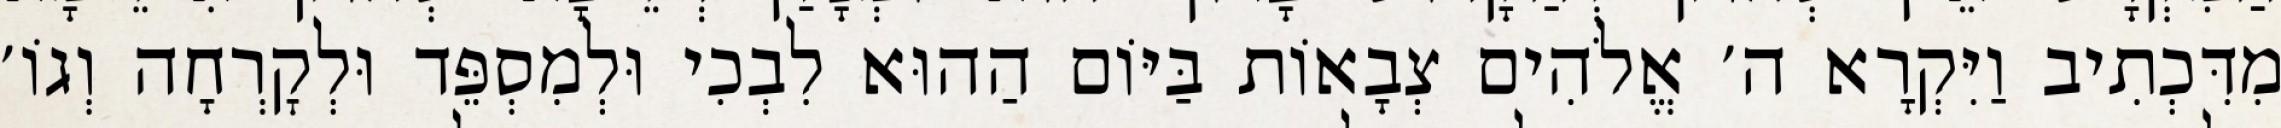
מִדִּכְתִיב וַיִּקְרָא ה׳ אֱלֹהִים צְבָאוֹת בַּיּוֹם הַהוּא לִבְכִי וּלְמִסְפֵּד וּלְקׇרְחָה וְגוֹ׳